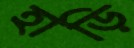
হাড়ি